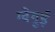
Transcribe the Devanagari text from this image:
ग्वेगुई